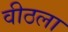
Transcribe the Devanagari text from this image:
वीठला